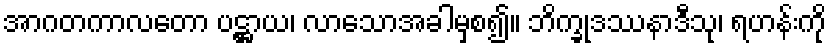
အာဂတကာလတော ပဋ္ဌာယ၊ လာသောအခါမှစ၍။ ဘိက္ခုဒဿနာဒီသု၊ ရဟန်းကို